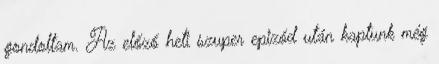
gondoltam. Az előző heti szuper epizód után kaptunk még